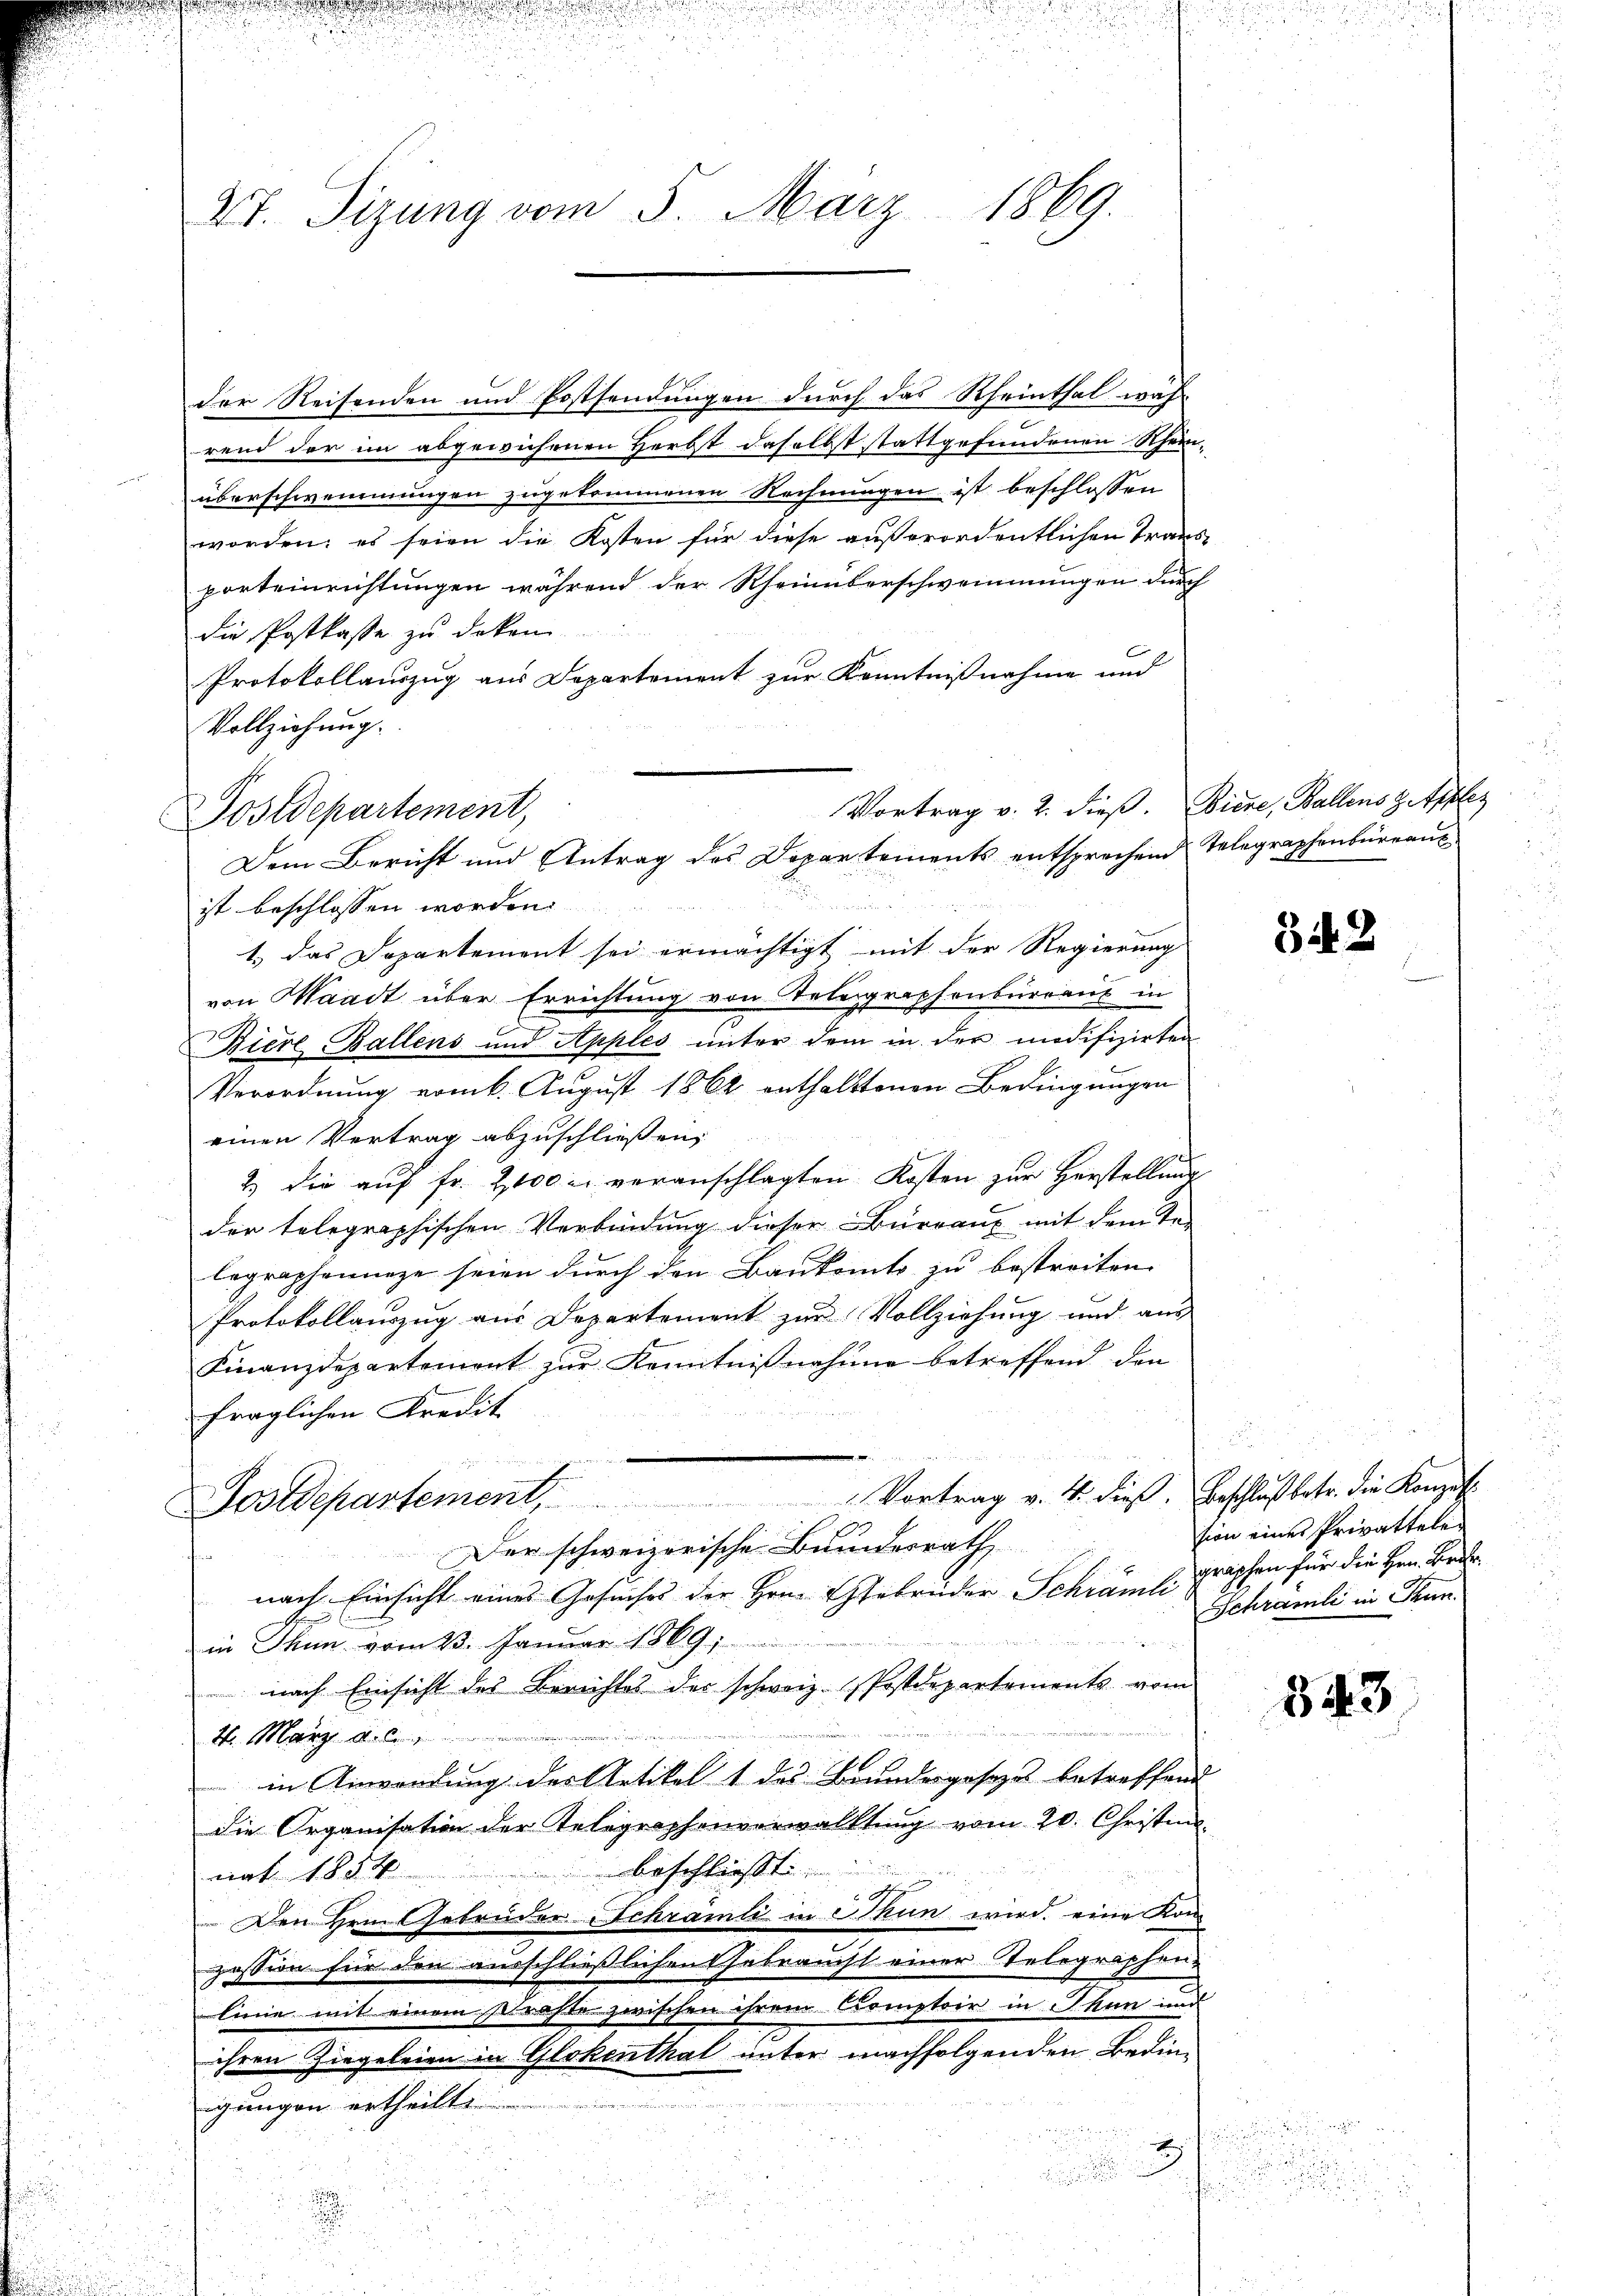
27. Sizung vom 5. März 1869.

der Reisenden und Postsendungen durch das Rheinthal wahr
rend der im abgewichenen Herbst daselbst stattgefundenen Schein-
überschwemmungen zugekommenen Rechnungen ist beschlossen
worden; es seien die Kosten für diese außerordentlichen Transporteinrichtungen während der Rheinüberschwemmungen durch
die Postkasse zu doken.
Protokollauszug aus Departement zur Kenntnißnahme und
Vollziehung.
Vortrag v. 2. dieß. Biere, Ballens z. Apples
ist beschlossen worden.
1.) Das Departement sei ermächtigt mit der Regierung
von Waadt über Errichtung von Telegraphenbürraus in
Biere Ballens und Apples unter dem in der modifizirten
Verordnung vom k. August 1862 enthalttenen Bedingungen
einen Vertrag abzuschließen,
2) die aŭf fr. 2100 r. veranschlagten Kosten zur Herstellung
der telegraphischen Verbindung dieser Büreaux mit dem Te-
legraphennige seien durch den Baukommts zu bestreiten.
Protokollauszug aus Departement zur Vollziehung und aus
Finanzdepartement zŭr Kenntniβnahme betreffend den
fraglichen Kredit
he
Postdepartement, Vortrag v. 4. dieß. Beschluß betr. die Konzes
Der schweizerische Bundesrath
nach Einsicht eines Gesuches der Hrn. Ehebrüder Schrämli graphen für die Hrn. Bede
in Thun vom 23. Januar 1869;
nach Einsicht des Berichtes der schweiz. Postdepartements vom
1. März d. l
in Anwendung des Artikel 1 des Brundesgesezt betreffend
die Organisation der Telegraphenverwaltung vom 20. Christina
beschliesst
nat 1854
Den Hrn. Gebrüder Schramli in Thun wird, eine Kom
pession für den ausschließlichen Gebraucht einer Telegraphen-
linie mit einem Krafte zwischen ihrem Comptoir in Thun und
ihren Ziegeleien in Glokenthal unter nachfolgenden Bedinigungen ertheilt

.

Postdepartement,
Dem Bericht und Antrag des Departements entsprechend Telegraphenbüreaus

342

sion eines Privattele
Schrämli in Thun.

¬
.
.

343